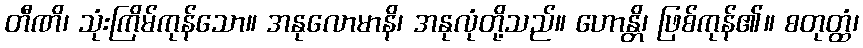
တီဏိ၊ သုံးကြိမ်ကုန်သော။ အနုလောမာနိ၊ အနုလုံတို့သည်။ ဟောန္တိ၊ ဖြစ်ကုန်၏။ စတုတ္ထံ၊